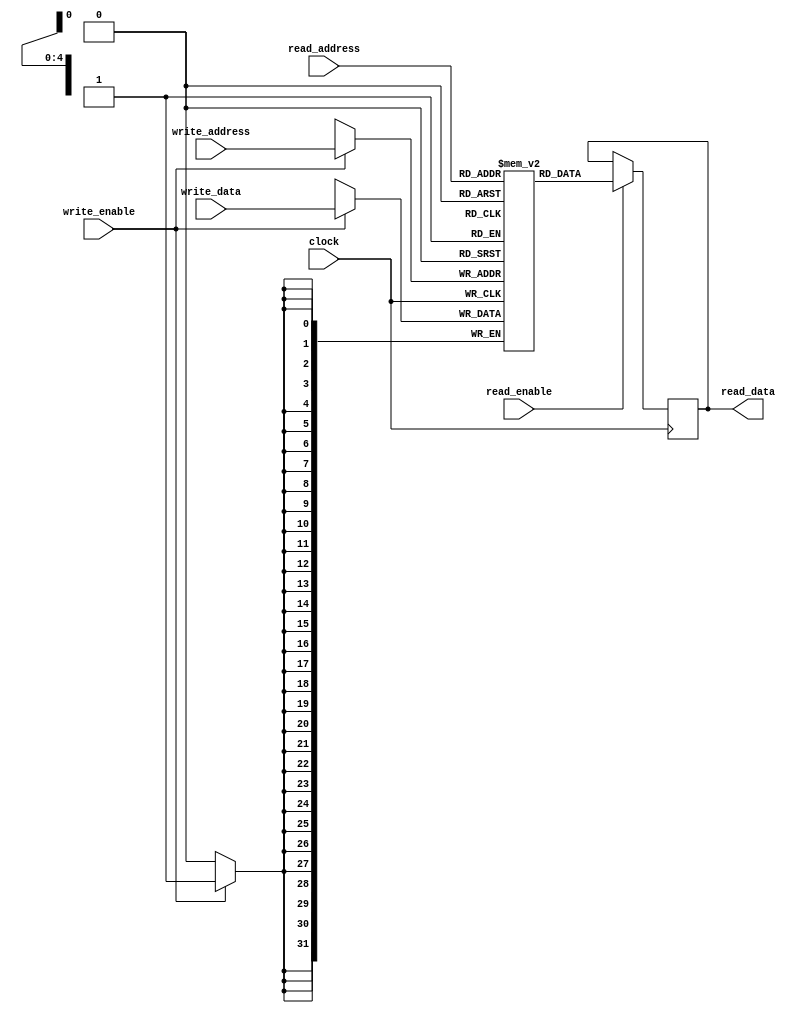
module dual_port_ram (
    input wire clock,
    input wire write_enable,
    input wire [31:0] write_data,
    input wire [4:0] write_address,
    input wire read_enable,
    input wire [4:0] read_address,
    output reg [31:0] read_data
);

reg [31:0] memory [0:31];

always @ (posedge clock) begin
    if (write_enable) begin
        memory[write_address] <= write_data;
    end
    if (read_enable) begin
        read_data <= memory[read_address];
    end
end

endmodule